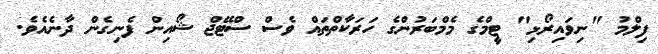
ފިލްމު "ނިވައިރޯޅި" ޓީމްގެ މެމްބަރުންގެ ހަރަކާތްތައް ވެސް ސްޓޭޖް ޝޯއިން ފެނިގެން ދާނެއެވެ.